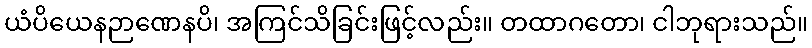
ယံပိယေနဉာဏေနပိ၊ အကြင်သိခြင်းဖြင့်လည်း။ တထာဂတော၊ ငါဘုရားသည်။